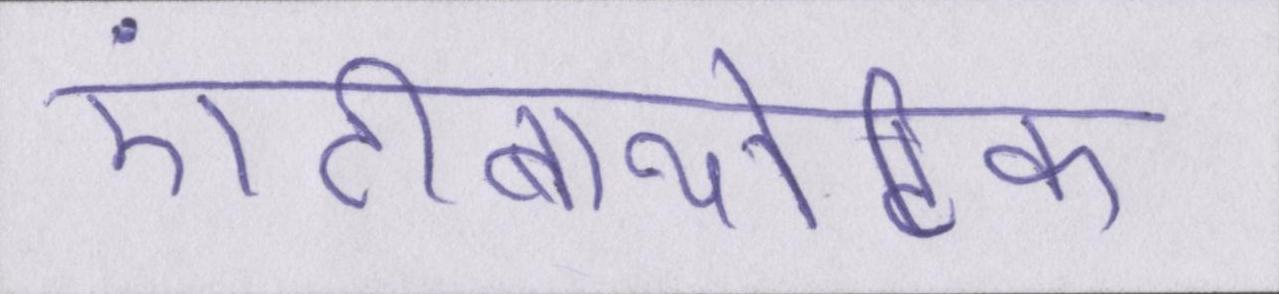
एंटीबायोटिक